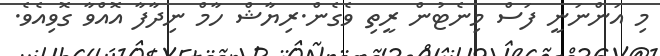
މި އަންނަނީ ފަސް މިނެޓުން ރީތި ވެގެން.ރިޔާޝް ހާމް ނިދާފާ އޮއްވާ ގޮވިއެވެ.